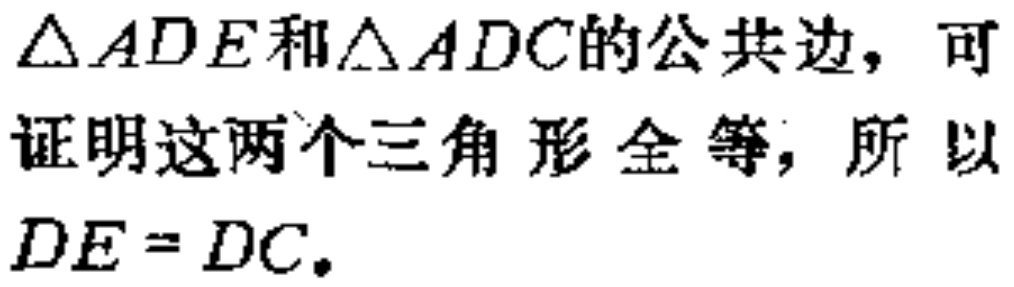
$\triangle ADE$和$\triangle ADC$的公共边，可证明这两个三角形全等，所以$DE = DC.$